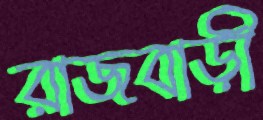
রাজবাড়ী